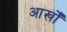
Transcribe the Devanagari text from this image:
आखोँ